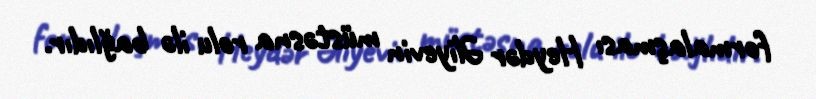
formalaşması Heydər Əliyevin müstəsna rolu ilə bağlıdır.